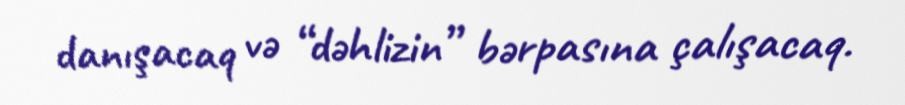
danışacaq və “dəhlizin” bərpasına çalışacaq.